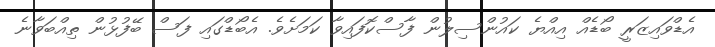
އެޑްވައިޒަރީ ބޯޑެއް އިއްޔެ ކައުންސިލުން ފާސްކޮފައިވާ ކަމަށެވެ. އެބޯޑްގައި ފަސް ބޭފުޅުން ތިއްބަވާނެ